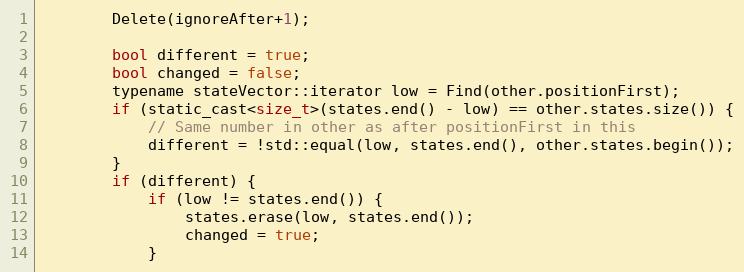
Language: C
		Delete(ignoreAfter+1);

		bool different = true;
		bool changed = false;
		typename stateVector::iterator low = Find(other.positionFirst);
		if (static_cast<size_t>(states.end() - low) == other.states.size()) {
			// Same number in other as after positionFirst in this
			different = !std::equal(low, states.end(), other.states.begin());
		}
		if (different) {
			if (low != states.end()) {
				states.erase(low, states.end());
				changed = true;
			}